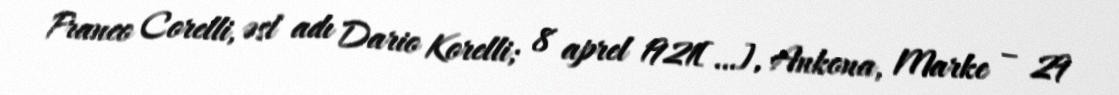
Franco Corelli, əsl adı Dario Korelli; 8 aprel 1921[…], Ankona, Marke – 29